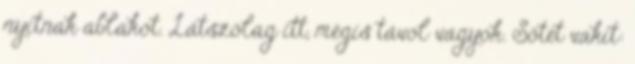
nyitnak ablakot. Látszólag itt, mégis távol vagyok. Sötét vakít: